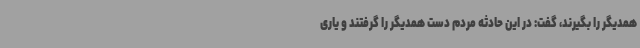
همدیگر را بگیرند، گفت: در این حادثه مردم دست همدیگر را گرفتند و یاری